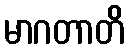
မာဂတာတိ